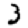
Digit: 3